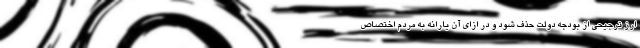
ارز ترجیحی از بودجه دولت حذف شود و در ازای آن یارانه به مردم اختصاص